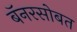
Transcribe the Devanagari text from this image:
बॅनरसोबत